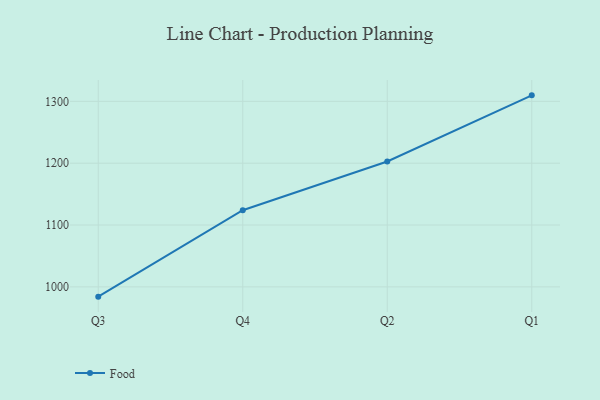
{"axis": {"x": "Quarter", "y": "Energy Usage (MWh)"}, "legend": ["Food"], "data": [{"x": "Q3", "y": 984.2, "type": "Food"}, {"x": "Q4", "y": 1124.0, "type": "Food"}, {"x": "Q2", "y": 1202.8, "type": "Food"}, {"x": "Q1", "y": 1309.7, "type": "Food"}]}